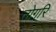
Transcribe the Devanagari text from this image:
तोगरि